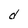
Character: d